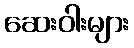
ဆေးဝါးများ